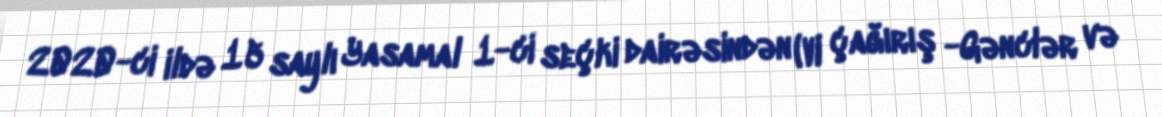
2020-ci ildə 15 saylı Yasamal 1-ci seçki dairəsindən (VI çağırış -Gənclər və